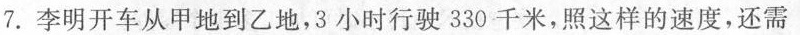
7. 李明开车从甲地到乙地，3小时行驶330千米，照这样的速度，还需